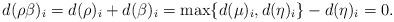
LaTeX: \begin{align*}d(\rho\beta)_i=d(\rho)_i+d(\beta)_i=\max\{d(\mu)_i,d(\eta)_i\}-d(\eta)_i=0.\end{align*}